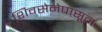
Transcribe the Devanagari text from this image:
शिवसेनेपासून